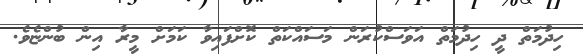
ހިދުމަތް ދީ ހިދުމަތް އަވަސްކުރަން މަސައްކަތް ކޮށްފައިވާ ކަމަށް މީރާ އިން ބުންޏެވެ.